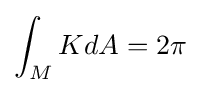
\int _{M}KdA=2\pi